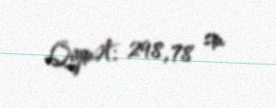
Qiymət: 298,78 sm